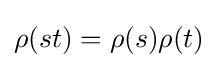
\rho (st)=\rho (s)\rho (t)